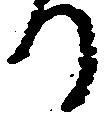
る